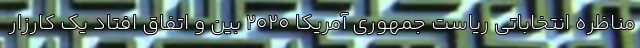
مناظره انتخاباتی ریاست جمهوری آمریکا 2020 بین و اتفاق افتاد یک کارزار